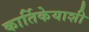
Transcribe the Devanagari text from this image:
कार्तिकेयाशी